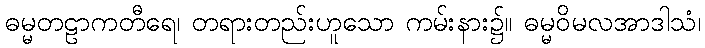
ဓမ္မတဠာကတီရေ၊ တရားတည်းဟူသော ကမ်းနား၌။ ဓမ္မဝိမလအာဒါသံ၊